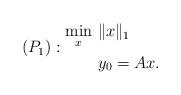
LaTeX: \begin{align*}(P_1):\begin{aligned}\min_{x}&~\|x\|_1\\ &~y_0=Ax.\end{aligned}\end{align*}